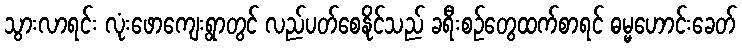
သွားလာရင်း လုံးဖောကျေးရွာတွင် လည်ပတ်စေနိုင်သည် ခရီးစဉ်တွေထက်စာရင် ဓမ္မဟောင်းခေတ်